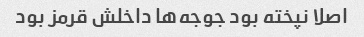
اصلا نپخته بود جوجه‌ها داخلش قرمز بود